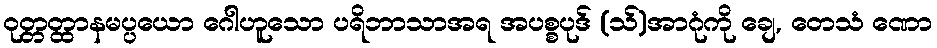
ဝုတ္တတ္ထာနမပ္ပယော ဂေါဟူသော ပရိဘာသာအရ အပစ္စပုဒ် (သ်)အာဂုံကို ချေ, တေသံ ဏော